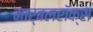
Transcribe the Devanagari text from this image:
मार्बलरॉक्स